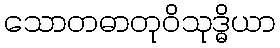
သောတဓာတုဝိသုဒ္ဓိယာ